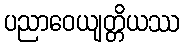
ပညာဝေယျတ္တိယဿ